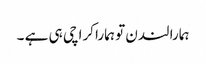
ہمارا لندن تو ہمارا کراچی ہی ہے ۔